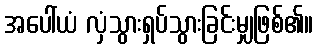
အပေါ်ယံ လှံသွားရှပ်သွားခြင်းမျှဖြစ်၏။